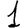
Digit: 1